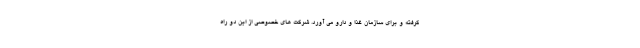
گرفته و برای سازمان غذا و دارو می آورد. شرکت های خصوصی از این دو راه